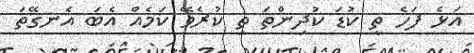
އަޅެ ފަހެ ތީ ކުޑަ ކުދިންތަ ތި ކުރެވޭ ކަމެއް އެބަ އެނގޭތަ